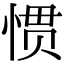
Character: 惯